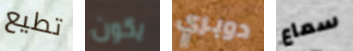
تطيع يكون دوبري سماع